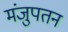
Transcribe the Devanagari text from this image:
मंजुपतन